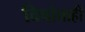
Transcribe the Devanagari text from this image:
विषांचाही